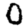
Digit: 0